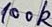
Text: 100K